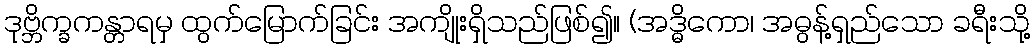
ဒုဗ္ဘိက္ခကန္တာရမှ ထွက်မြောက်ခြင်း အကျိုးရှိသည်ဖြစ်၍။ (အဒ္ဓိကော၊ အဓွန့်ရှည်သော ခရီးသို့